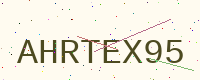
Text: AHRTEX95